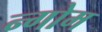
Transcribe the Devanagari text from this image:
न्गोम